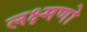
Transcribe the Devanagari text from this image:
लक्ष्मणो